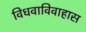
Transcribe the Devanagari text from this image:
विधवाविवाहास